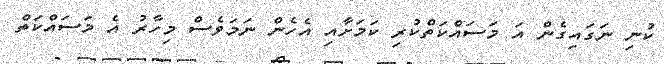
ކުނި ނަގައިގެން އަ މަސައްކަތްކުރި ކަމަށާއި އެހެން ނަމަވެސް މިހާރު އެ މަސައްކަތް